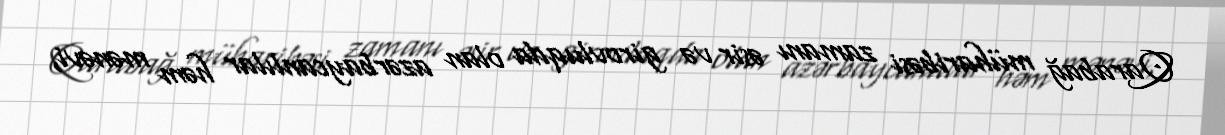
Qarabağ müharibəsi zamanı əsir və girovluqda olan azərbaycanlılar həm mənəvi,